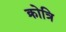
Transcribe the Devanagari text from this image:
क्रोत्रि